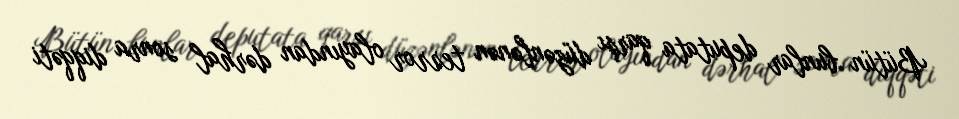
Bütün bunlar deputata qarşı düzənlənən terror olayından dərhal sonra diqqəti